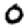
Digit: 0